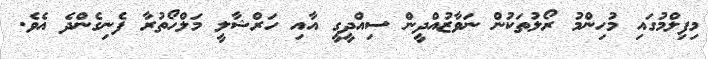
މިފިލްމުގައި މުހިންމު ރޯލުތަކުން ނަވާޒުއްދީން ސިއްދީގީ އާއި ހަރްޝާލީ މަލްހޯތުރާ ފެނިގެންދެ އެވެ.